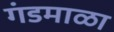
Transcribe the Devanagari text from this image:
गंडमाळा